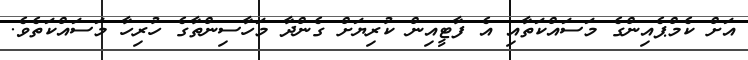
އަށް ކެމްޕެއިންގެ މަސައްކަތާއި އެ ފާޓީއިން ކުރިޔަށް ގެންދާ މަހާސިންތާގެ ހުރިހާ މަސައްކަތެވެ.